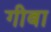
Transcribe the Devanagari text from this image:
गीबा